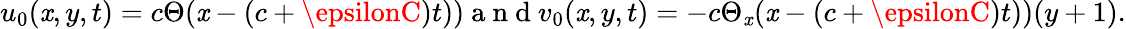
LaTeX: u_{0}(\mathit{x},y,t)=c\Theta(\mathit{x}-(c+\epsilonC)t))\mathrm{{~a~n~d~}}v_{0}(\mathit{x},y,t)=-c\Theta_{\mathit{x}}(\mathit{x}-(c+\epsilonC)t))(y+1).